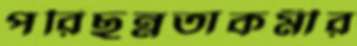
পরিছন্নতাকর্মীর